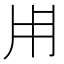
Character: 𤰃